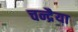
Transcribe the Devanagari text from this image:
चन्द्रैया